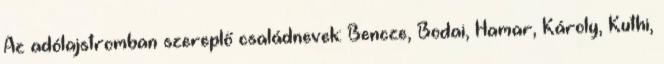
Az adólajstromban szereplő családnevek: Bencze, Bodai, Hamar, Károly, Kuthi,